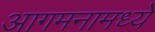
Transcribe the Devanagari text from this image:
आगमनामध्ये